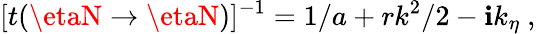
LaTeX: [t(\etaN\rightarrow\etaN)]^{-1}=1/a+rk^{2}/2-\mathbf{i}k_{\eta}~,